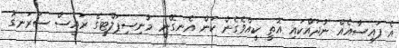
އެ ފައިސާއެއް ނުދައްކައި އޮތީ ކީއްވެގެން ކަން އެނގޭނީ މުނިސިޕަލްޓީގެ ރައީސް ސަރަނގު